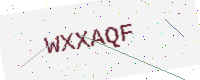
Text: WXXAQF